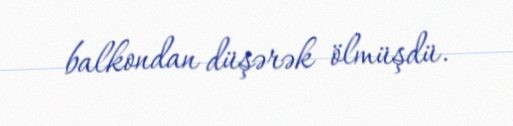
balkondan düşərək ölmüşdü.